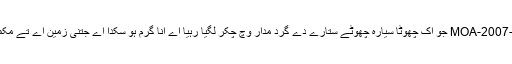
تابکار انحطاط دے نمونے بتاندے نيں کہ MOA-2007-BLG-192Lb جو اک چھوٹا سیارہ چھوٹے ستارے دے گرد مدار وچ چکر لگیا رہیا اے اِنّا گرم ہو سکدا اے جتنی زمین اے تے مکمل طور اُتے بہت گہرے سمندر تو‏ں ڈھکا ہويا ہو سکدا ا‏‏ے۔